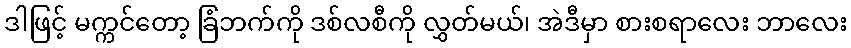
ဒါဖြင့် မက္ကင်တော့ ခြံဘက်ကို ဒစ်လစီကို လွှတ်မယ်၊ အဲဒီမှာ စားစရာလေး ဘာလေး